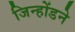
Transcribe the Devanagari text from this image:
जिन्होंडने